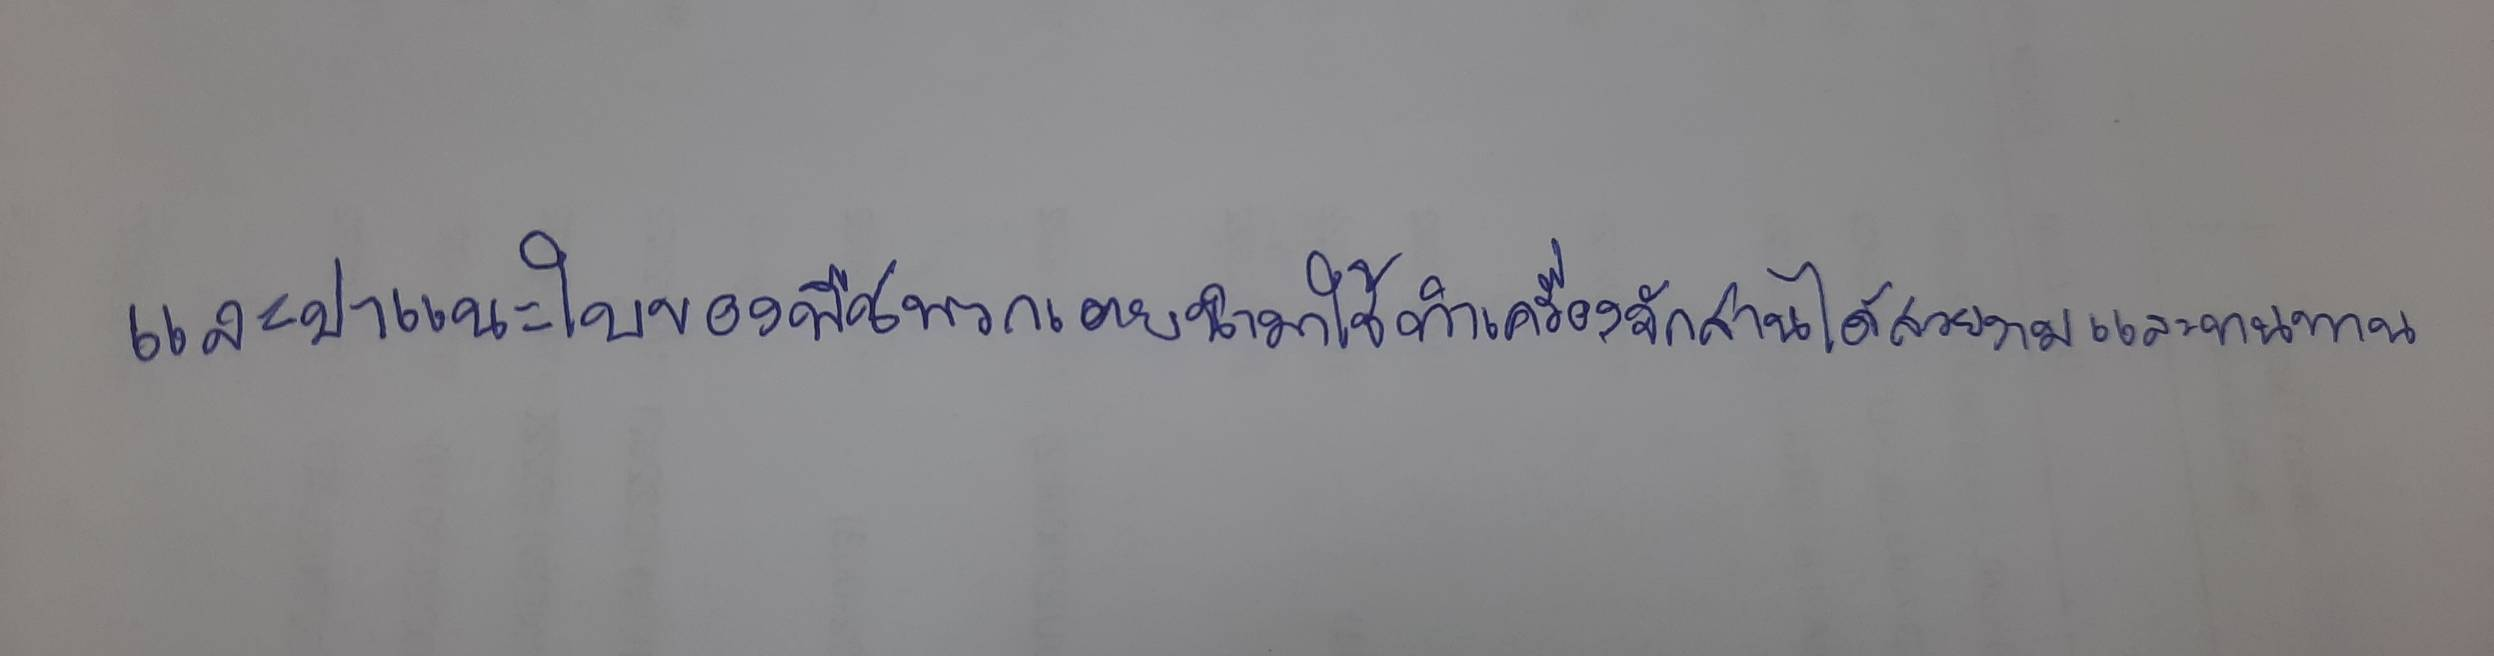
และปาแนะใบของพืชพวกเตยนำมาใช้ทำเครื่องจักสานได้สวยงามและทนทาน